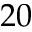
2 0